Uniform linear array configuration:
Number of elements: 24
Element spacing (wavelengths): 0.5
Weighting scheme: cosine
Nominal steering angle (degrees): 15
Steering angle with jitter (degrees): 16.845
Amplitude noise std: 0.05
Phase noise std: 0.05

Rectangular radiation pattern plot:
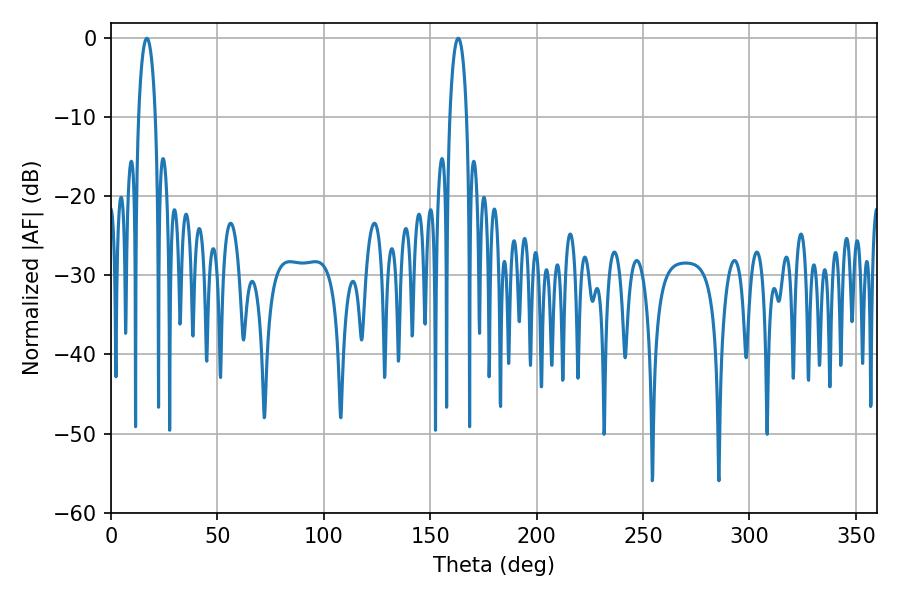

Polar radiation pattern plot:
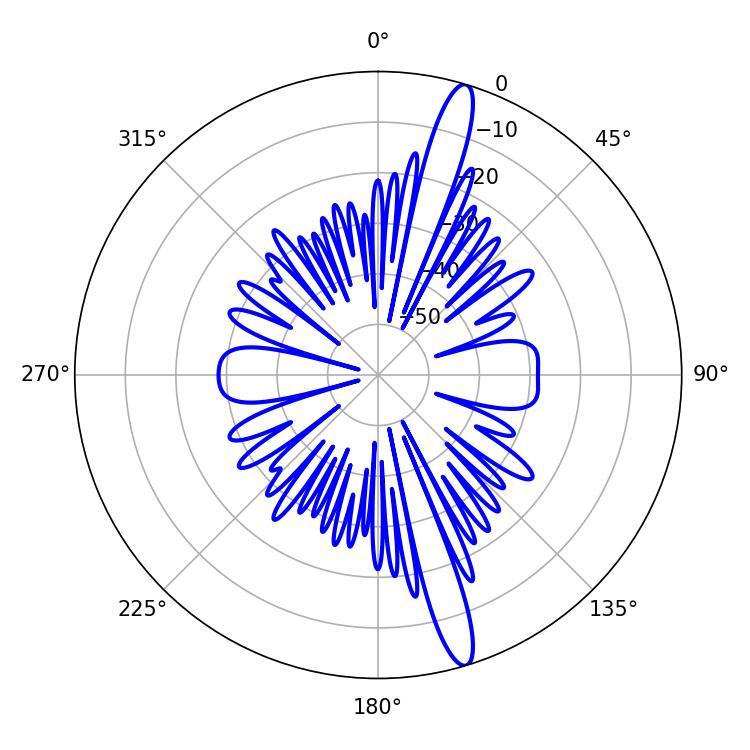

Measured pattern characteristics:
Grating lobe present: FALSE
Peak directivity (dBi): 15.965
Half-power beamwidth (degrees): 4.5
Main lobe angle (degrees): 163.08